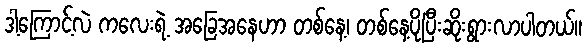
ဒါ့ကြောင့်လဲ ကလေးရဲ့ အခြေအနေဟာ တစ်နေ့၊ တစ်နေ့ပိုပြီးဆိုးရွားလာပါတယ်။